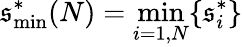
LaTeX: \mathfrak{s}_{\mathrm{{min}}}^{*}(N)=\operatorname*{min}_{i=1,N}\{ \mathfrak{s}_{i}^{*}\}